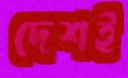
দেশই